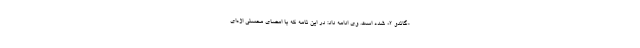
«گاندو ۲» شده است. وی ادامه داد: در این نامه که با امضای محسنی اژه‌ای